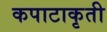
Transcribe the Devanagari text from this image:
कपाटाकृती